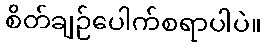
စိတ်ချဉ်ပေါက်စရာပါပဲ။